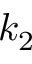
k _ { 2 }